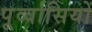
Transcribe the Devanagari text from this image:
पूर्व्वासियों